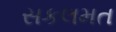
સકલમત